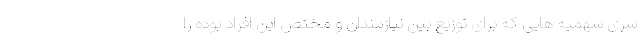
سری سهمیه هایی که برای توزیع بین نیازمندان و مختص این افراد بوده را